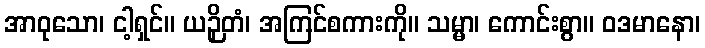
အာဝုသော၊ ငါ့ရှင်။ ယဉှိတံ၊ အကြင်စကားကို။ သမ္မာ၊ ကောင်းစွာ။ ဝဒမာနော၊